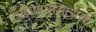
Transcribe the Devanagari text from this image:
वहिःपात्रमित्यर्थः